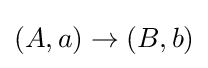
(A,a)\to (B,b)